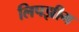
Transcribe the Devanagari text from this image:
लिपझीग